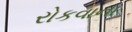
રોકવાના